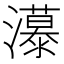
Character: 𰝭